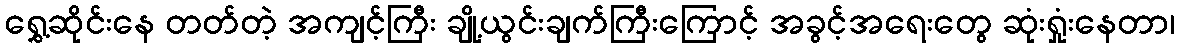
ရွှေ့ဆိုင်းနေ တတ်တဲ့ အကျင့်ကြီး ချို့ယွင်းချက်ကြီးကြောင့် အခွင့်အရေးတွေ ဆုံးရှုံးနေတာ၊